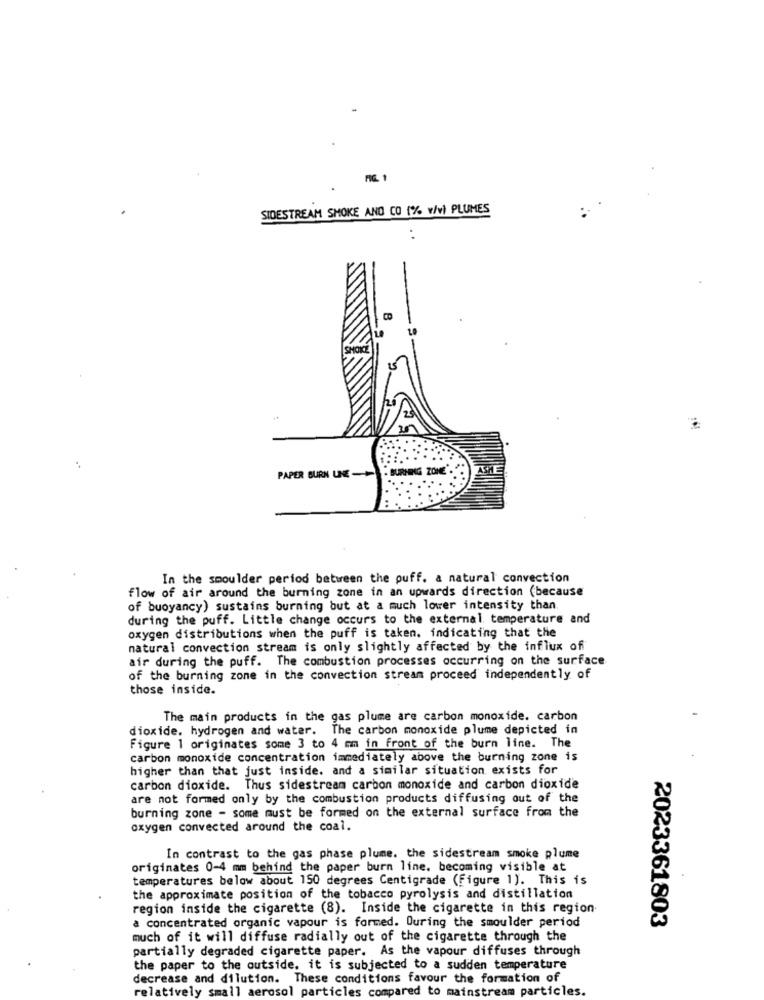
MIC 1
SIDESTREAM SMOKE AND CO (% v/vì PLUMES
..
CO
SHOKE
in
BURNING ZONE'
PAPER BURN UNE-
In the shoulder period between the puff. a natural convection
flow of air around the burning zone in an upwards direction (because
of buoyancy) sustains burning but at a much lower intensity than.
during the puff. Little change occurs to the external. temperature and
oxygen distributions when the puff is taken. indicating that the
natural convection stream is only slightly affected by the influx of
air during the puff. The combustion processes occurring on the surface
of the burning zone in the convection stream proceed independently of
those inside.
The main products in the gas plume are carbon monoxide. carbon
dioxide. hydrogen and water. The carbon monoxide plume depicted in
Figure 1 originates some 3 to 4 mm in front of the burn line. The
carbon monoxide concentration immediately above the burning zone is
higher than that just inside. and a similar situation exists for
carbon dioxide. Thus sidestream carbon monoxide and carbon dioxide
are not formed only by the combustion products diffusing out of the
burning zone - some must be formed on the external surface from the
oxygen convected around the coal.
In contrast to the gas phase plume. the sidestream smoke plume
originates 0-4 mm behind the paper burn line. becoming visible at
temperatures below about 150 degrees Centigrade (Figure 1). This is
the approximate position of the tobacco pyrolysis and distillation
region inside the cigarette (8). Inside the cigarette in this region
a concentrated organic vapour is formed. During the smoulder period
2023361803
much of it will diffuse radially out of the cigarette through the
partially degraded cigarette paper. As the vapour diffuses through
the paper to the outside. it is subjected to a sudden temperature
decrease and dilution. These conditions favour the formation of
relatively small aerosol particles compared to mainstream particles.